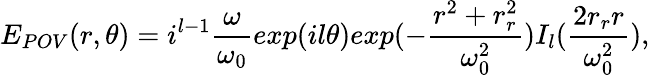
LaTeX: E_{POV}(r,\theta)=i^{l-1}\frac{\omega}{\omega_{0}}exp(il\theta)exp(-\frac{r^{2}+r_{r}^{2}}{\omega_{0}^{2}})I_{l}(\frac{2r_{r}r}{\omega_{0}^{2}}),